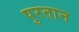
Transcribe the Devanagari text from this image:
पुरतान